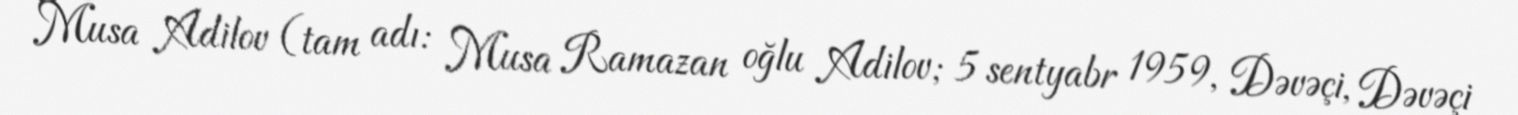
Musa Adilov (tam adı: Musa Ramazan oğlu Adilov; 5 sentyabr 1959, Dəvəçi, Dəvəçi